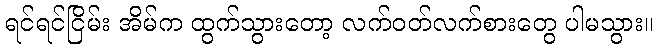
ရင်ရင်ငြိမ်း အိမ်က ထွက်သွားတော့ လက်ဝတ်လက်စားတွေ ပါမသွား။